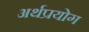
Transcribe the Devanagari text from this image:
अर्थप्रयोग